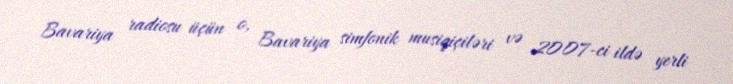
Bavariya radiosu üçün o, Bavariya simfonik musiqiçiləri və 2007-ci ildə yerli